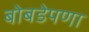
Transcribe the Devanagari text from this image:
बोबडेपणा